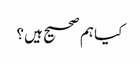
کیا ہم صحیح ہیں؟